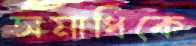
সমাধিকে